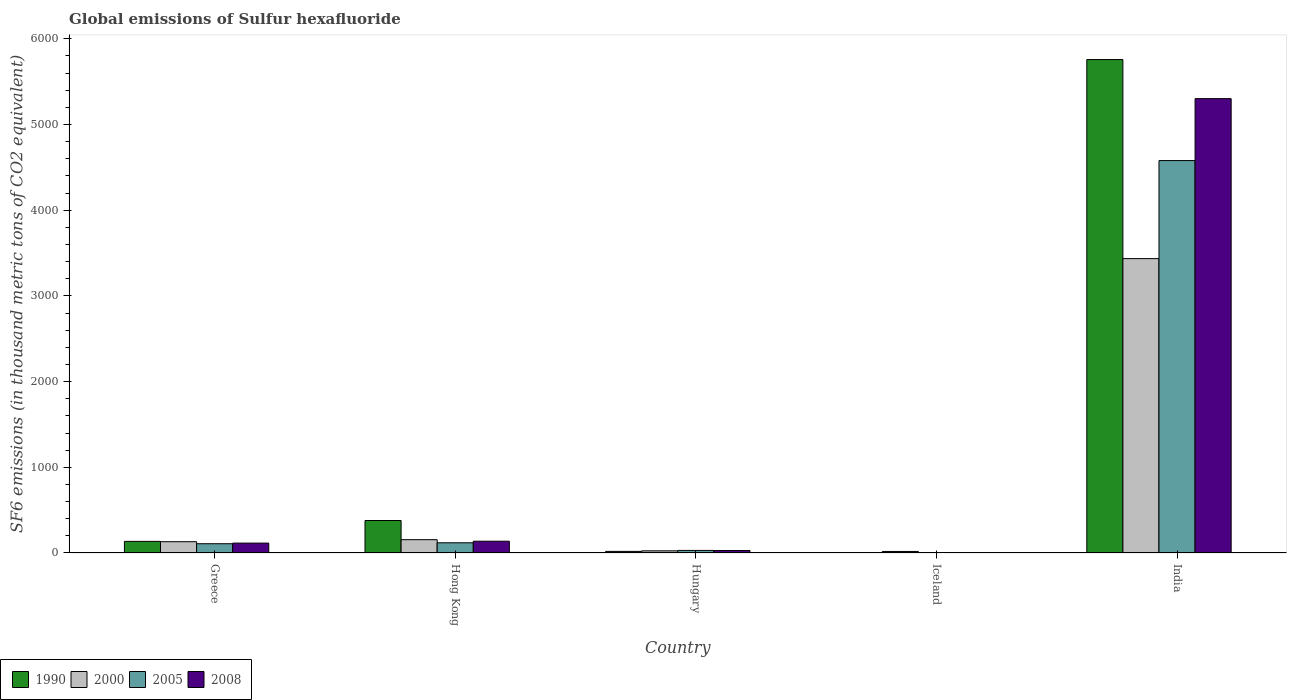
| Country | 1990 | 2000 | 2005 | 2008 |
 | --- | --- | --- | --- | --- |
 | Greece | 135 | 132 | 108 | 115 |
 | Hong Kong | 379 | 155 | 119 | 137 |
 | Hungary | 18.6 | 25.2 | 30 | 28.9 |
 | Iceland | 3.5 | 17.9 | 3.5 | 4 |
 | India | 5.76e+03 | 3.43e+03 | 4.58e+03 | 5.3e+03 |